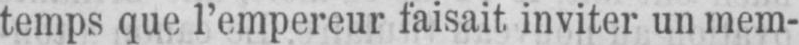
temps que l’empereur faisait, inviter un mem-